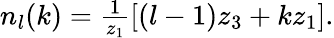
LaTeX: \begin{array}{r}{n_{l}(k)=\frac{1}{z_{1}}\left[(l-1)z_{3}+kz_{1}\right].}\end{array}